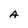
Character: A